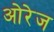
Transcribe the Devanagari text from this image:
ओरेज